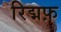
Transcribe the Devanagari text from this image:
रिद्मफ़